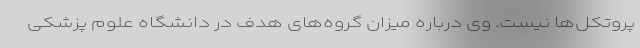
پروتکل‌ها نیست. وی درباره میزان گروه‌های هدف در دانشگاه علوم پزشکی